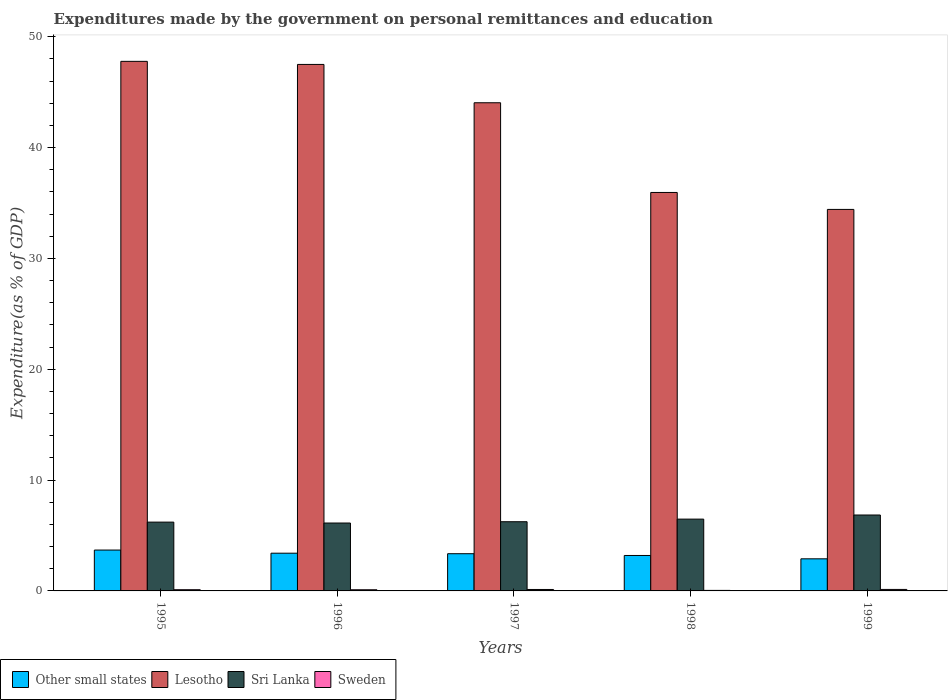
| Years | Other small states | Lesotho | Sri Lanka | Sweden |
 | --- | --- | --- | --- | --- |
 | 1995 | 3.69 | 47.8 | 6.21 | 0.109 |
 | 1996 | 3.4 | 47.5 | 6.13 | 0.105 |
 | 1997 | 3.36 | 44.1 | 6.24 | 0.13 |
 | 1998 | 3.2 | 36 | 6.48 | 0.0471 |
 | 1999 | 2.9 | 34.4 | 6.85 | 0.134 |